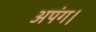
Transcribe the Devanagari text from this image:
अपंग।